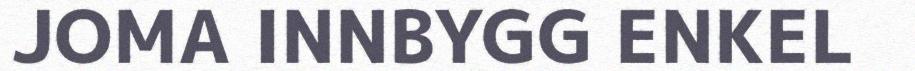
JOMA INNBYGG ENKEL